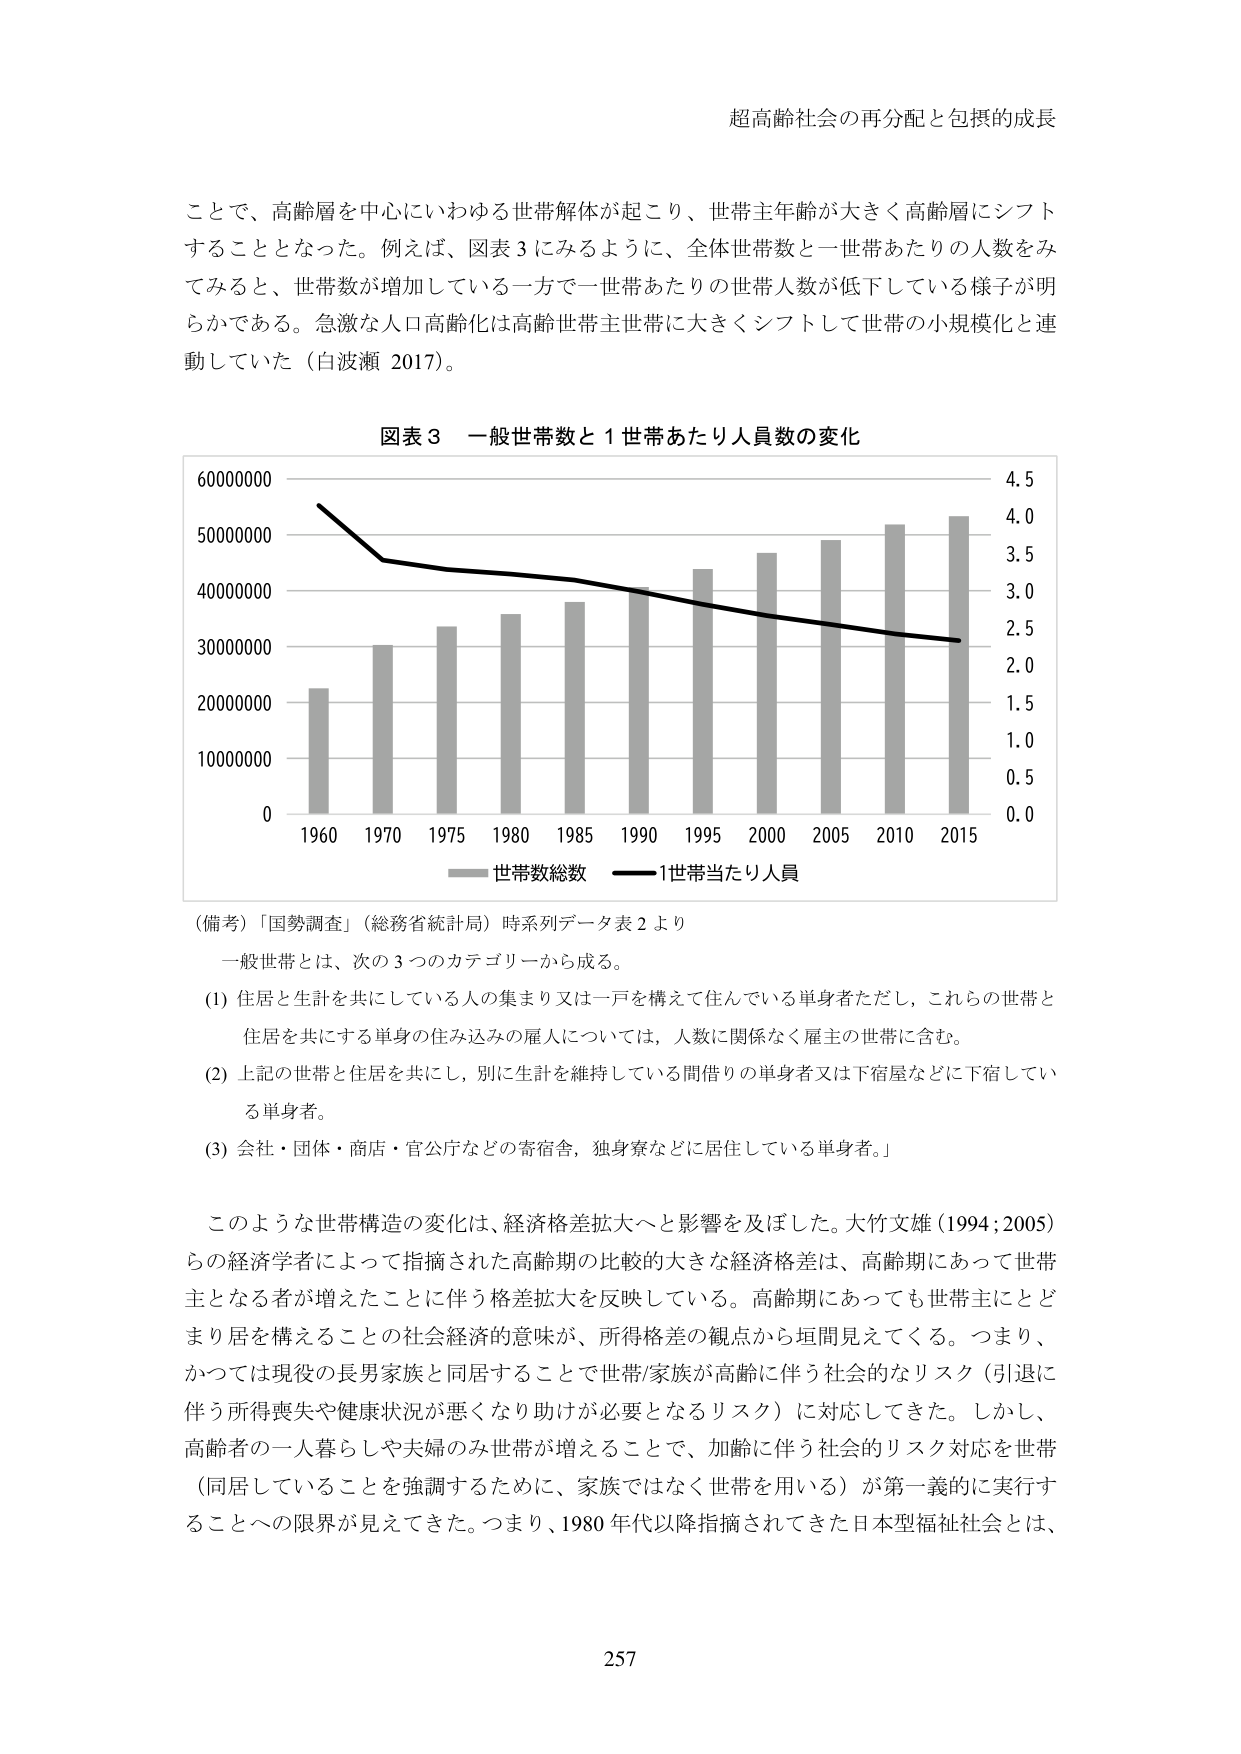
超高齢社会の再分配と包摂的成長

ことで、高齢層を中心にいわゆる世帯解体が起こり、世帯主年齢が大きく高齢層にシフトすることとなった。例えば、図表3にみるように、全体世帯数と一世帯あたりの人数をみてみると、世帯数が増加している一方で一世帯あたりの世帯人数が低下している様子が明らかである。急激な人口高齢化は高齢世帯主世帯に大きくシフトして世帯の小規模化と連動していた（白波瀬 2017）。

図表3 一般世帯数と1世帯あたり人員数の変化

（備考）「国勢調査」（総務省統計局）時系列データ表2より

一般世帯とは、次の3つのカテゴリーから成る。

(1) 住居と生計を共にしている人の集まり又は一戸を構えて住んでいる単身者ただし、これらの世帯と住居を共にする単身の住み込みの雇人については、人数に関係なく雇主の世帯に含む。

(2) 上記の世帯と住居を共にし、別に生計を維持している間借りの単身者又は下宿屋などに下宿している単身者。

(3) 会社・団体・商店・官公庁などの寄宿舎、独身寮などに居住している単身者。

このような世帯構造の変化は、経済格差拡大へと影響を及ぼした。大竹文雄（1994；2005）らの経済学者によって指摘された高齢期の比較的大きな経済格差は、高齢期にあって世帯主となる者が増えたことに伴う格差拡大を反映している。高齢期にあっても世帯主にとどまり居を構えることの社会経済的意味が、所得格差の観点から垣間見えてくる。つまり、かつては現役の長男家族と同居することで世帯/家族が高齢に伴う社会的なリスク（引退に伴う所得喪失や健康状況が悪くなり助けが必要となるリスク）に対応してきた。しかし、高齢者の一人暮らしや夫婦のみ世帯が増えることで、加齢に伴う社会的リスク対応を世帯（同居していることを強調するために、家族ではなく世帯を用いる）が第一義的に実行することへの限界が見えてきた。つまり、1980年代以降指摘されてきた日本型福祉社会とは、

257